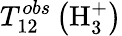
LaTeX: T_{12}^{obs}\left(\mathrm{H}_{3}^{+}\right)